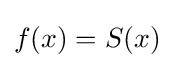
f(x)=S(x)